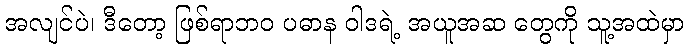
အလျင်ပဲ၊ ဒီတော့ ဖြစ်ရာဘဝ ပဓာန ဝါဒရဲ့ အယူအဆ တွေကို သူ့အထဲမှာ